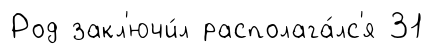
Род закл'ючи́л располага́лс'я 31